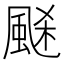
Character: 𩗉